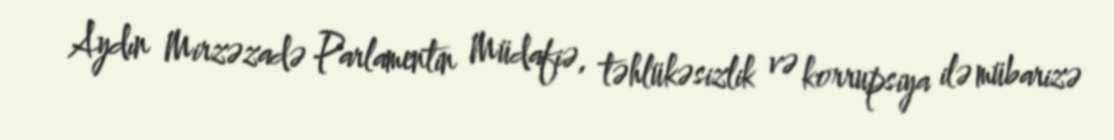
Aydın Mirzəzadə Parlamentin Müdafiə, təhlükəsizlik və korrupsiya ilə mübarizə